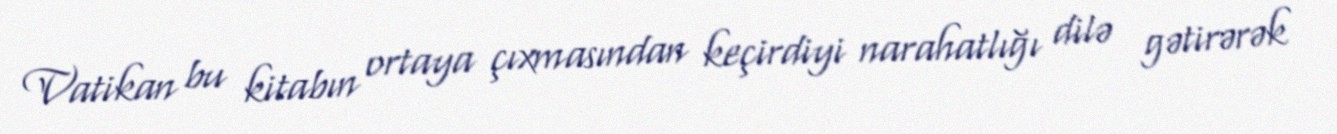
Vatikan bu kitabın ortaya çıxmasından keçirdiyi narahatlığı dilə gətirərək